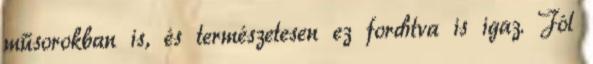
műsorokban is, és természetesen ez fordítva is igaz. Jól